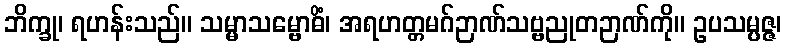
ဘိက္ခု၊ ရဟန်းသည်။ သမ္မာသမ္ဗောဓိံ၊ အရဟတ္တမဂ်ဉာဏ်သဗ္ဗညုတဉာဏ်ကို။ ဥပသမ္ပဇ္ဇ၊